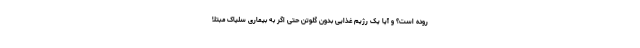
روده است؟ و آیا یک رژیم غذایی بدون گلوتن حتی اگر به بیماری سلیاک مبتلا